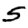
Digit: 5